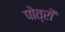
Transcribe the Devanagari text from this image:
पोत्रों